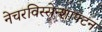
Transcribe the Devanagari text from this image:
नेचरविस्सेन्शाफ्टन